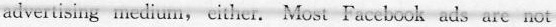
advertising medium, cither. Most Faccbook ads are not